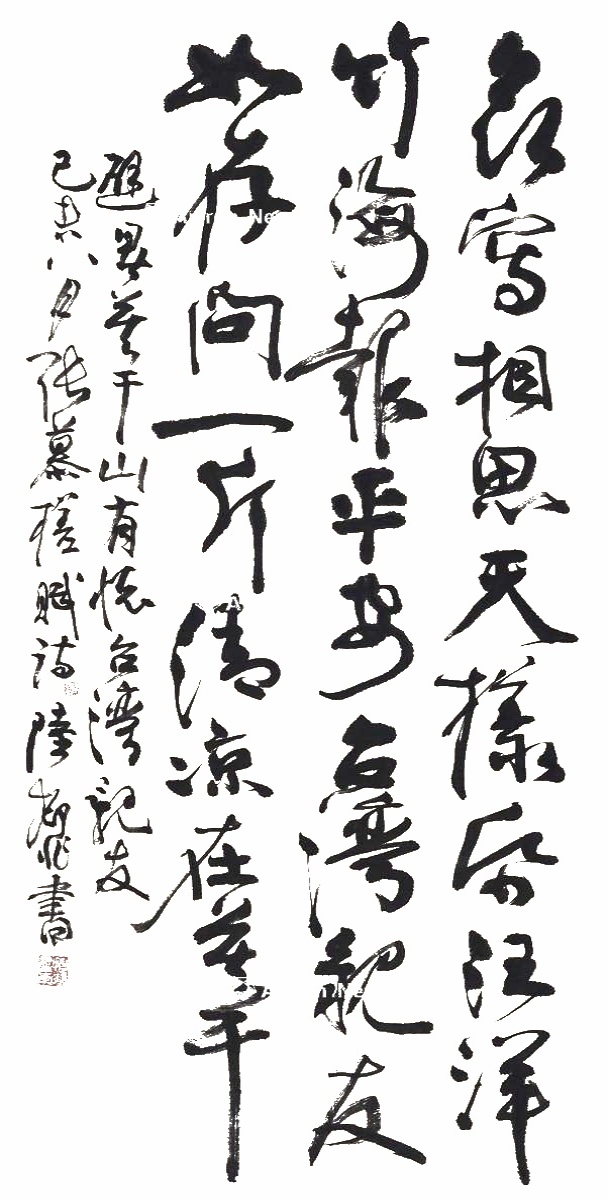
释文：哀写相思天样纸，汪洋竹海报平安。台湾亲友如存问，一片清凉在莫干。避暑莫干山有怀台湾亲友。己未八月，张慕槎赋诗，陆抑非书。